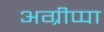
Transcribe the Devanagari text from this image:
अग्रीप्पा